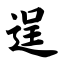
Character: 逞